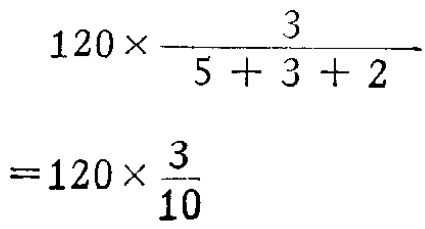
\[

\begin{align*}

&120\times\frac{3}{5 + 3 + 2}\\

=&120\times\frac{3}{10}

\end{align*}

\]